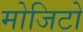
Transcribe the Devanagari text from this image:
मोजिटो